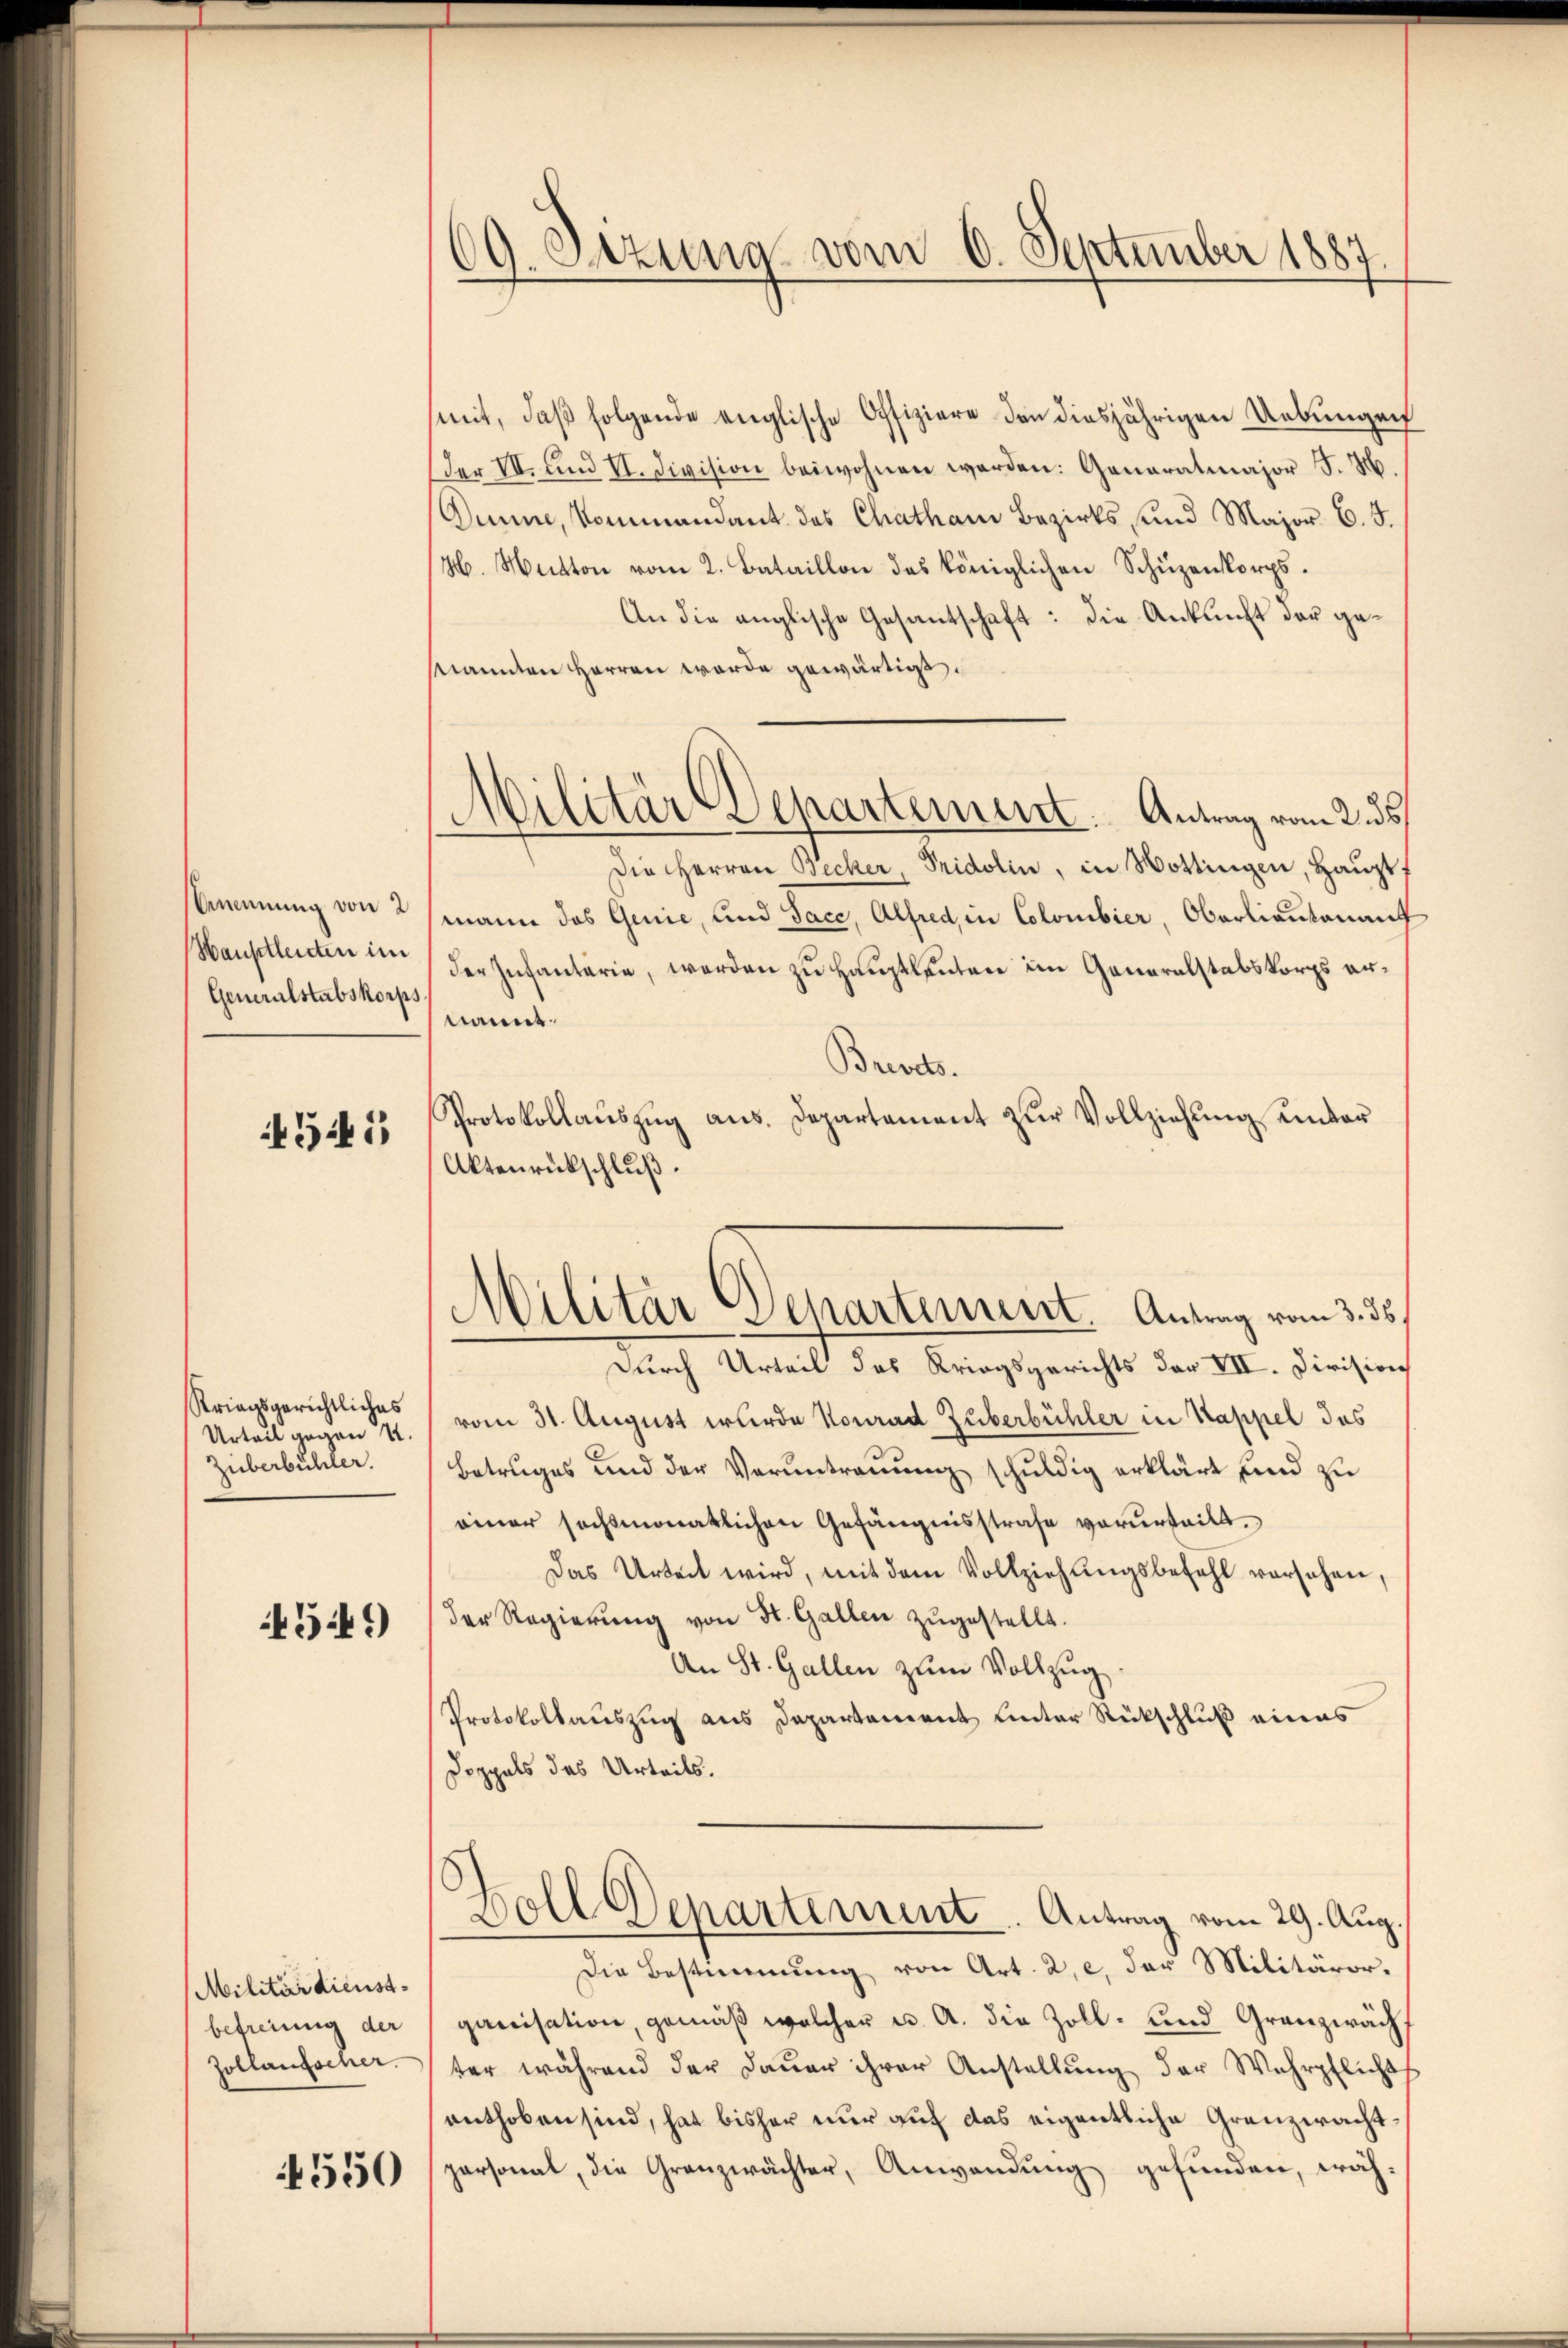
Anennung von 2
Hauptleuten im
Generalstabskorps

4545

Striegsgerichtliches
Urteil gegen 4.
Züberbühler.

4549)

Militärdienstbefreiung der
Zollaufscher.

4550

69. Dezung vom 6. September 1887

mit, daß folgende englische Offiziere den diesjährigen Uebungen
der VI. und II. Division beiwohnen worden: Generalmajor J. H.
Dumme, Kommandant des Chathan Bezirks und Major C. 5.
H. Mütten vom 2. Bataillon des königlichen Schüzenkorps.
An die anglische Gesantschaft: die Anklicht der ge¬
Mannten Herren werde gewärtigt.
Die Herren Becker, Pridolin, in Wottingen, Hauptf
mann das Genie, und Jace, Alfred, in Colombier, Oberlieutenauf
der Infantaria, werden zu Hauptleuten im Generalstabskorps ernannt.
Brevets.
Protokollaŭszŭg ans. Departament zŭr Vollziehung einbar
Aktenrückschluß.
Durch Urteil des Kriegsgerichts der VII. Division
vom 31. August wurde Konrad Zuberbühler in Kappel das
Betruges und der Verantrauung schuldig erklärt und zu
einer sechsmonatlichen Gefängnisstrafe verurteilt.
Das Urteil wird, mit dem Vollziehungsbefehl vorsehen,
der Regierŭng von St. Gallen zŭgestellt.
An St. Gallen zum Vollzug
Protokollauszug aus Departement unter Rückschluß eines
Doppels des Urteils.
Zoll Departement. Antrag vom 29. Aug.
Die Bestimmung von Art. 2, c. der Militäror.
ganisation, gemäß welcher u. A. die Zoll- und Granzwächter während der Dauer ihrer Anstellŭng der Wehrpflichts
enthoben sind, hat bisher nur auf das eigentliche Grenzwachtpersonal, die Grenzwächter, Anwendung gefunden, wäh¬

d
Militär Departement. Antrag vom 2. ds

Militär Departement. Antrag vom 3. 35.